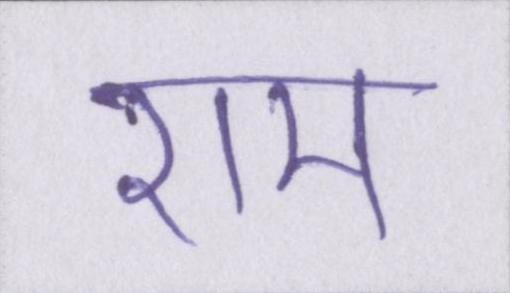
राम